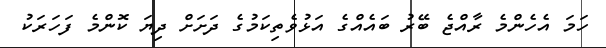
ހަމަ އެހެންމެ ރާއްޖެ ބޭރު ބައެއްގެ އަޅުވެތިކަމުގެ ދަށަށް ދިޔަ ކޮންމެ ފަހަރަކު